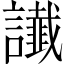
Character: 䜟